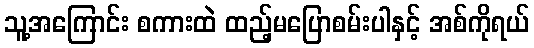
သူ့အကြောင်း စကားထဲ ထည့်မပြောစမ်းပါနှင့် အစ်ကိုရယ်